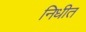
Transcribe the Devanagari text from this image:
निधीत